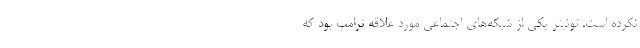
نکرده است. توئیتر یکی از شبکه‌های اجتماعی مورد علاقه ترامپ بود که